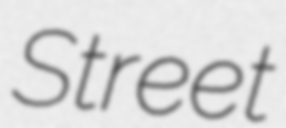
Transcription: Street